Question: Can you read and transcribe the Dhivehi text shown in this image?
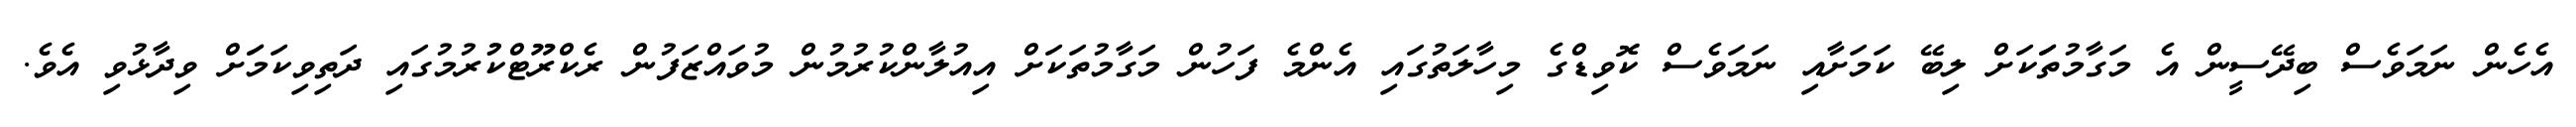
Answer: އެހެން ނަމަވެސް ބިދޭސީން އެ މަގާމުތަަކަށް ލިބޭ ކަމަށާއި ނަމަވެސް ކޮވިޑްގެ މިހާލަތުގައި އެންމެ ފަހުން މަގާމުތަކަށް އިއުލާންކުރުމުން މުވައްޒަފުން ރެކްރޫޓްކުުރުމުގައި ދަތިވިކަމަަށް ވިދާޅުވި އެވެ.